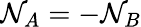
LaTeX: \mathcal{N}_{A}=-\mathcal{N}_{B}